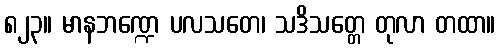
၈၂၃။ မာနဘဏ္ဍေ ပလသတေ၊ သဒိသတ္တေ တုလာ တထာ။